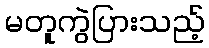
မတူကွဲပြားသည့်